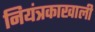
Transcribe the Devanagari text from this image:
नियंत्रकाखाली